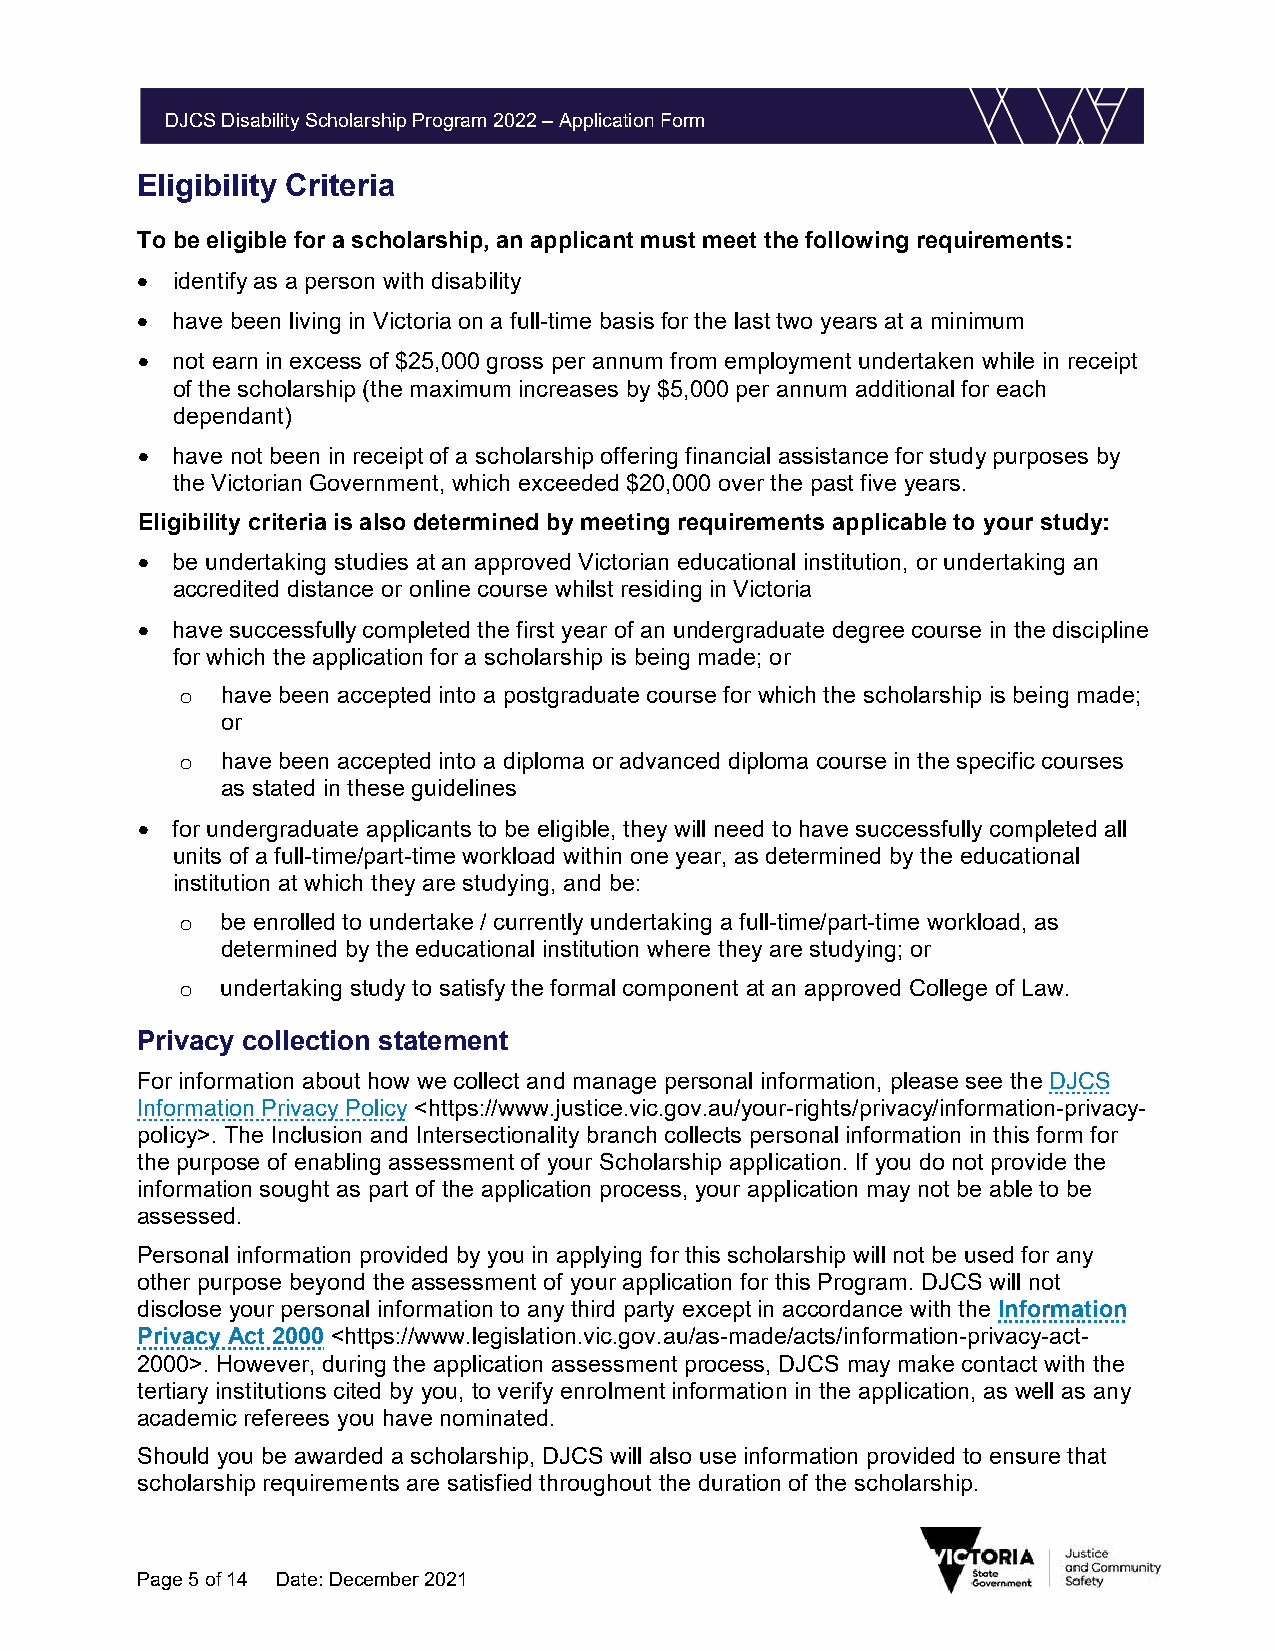
DJCS Disability Scholarship Program 2022 – Application Form
 Eligibility Criteria
 To be eligible for a scholarship, an applicant must meet the following requirements:
  identify as a person with disability
  have been living in Victoria on a full-time basis for the last two years at a minimum
  not earn in excess of $25,000 gross per annum from employment undertaken while in receipt
 of the scholarship (the maximum increases by $5,000 per annum additional for each
 dependant)
  have not been in receipt of a scholarship offering financial assistance for study purposes by
 the Victorian Government, which exceeded $20,000 over the past five years.
 Eligibility criteria is also determined by meeting requirements applicable to your study:
  be undertaking studies at an approved Victorian educational institution, or undertaking an
 accredited distance or online course whilst residing in Victoria
  have successfully completed the first year of an undergraduate degree course in the discipline
 for which the application for a scholarship is being made; or
 o  have been accepted into a postgraduate course for which the scholarship is being made;
 or
 o  have been accepted into a diploma or advanced diploma course in the specific courses
 as stated in these guidelines
  for undergraduate applicants to be eligible, they will need to have successfully completed all
 units of a full-time/part-time workload within one year, as determined by the educational
 institution at which they are studying, and be:
 o  be enrolled to undertake / currently undertaking a full-time/part-time workload, as
 determined by the educational institution where they are studying; or
 o  undertaking study to satisfy the formal component at an approved College of Law.
 Privacy collection statement
 For information about how we collect and manage personal information, please see the DJCS
 Information Privacy Policy <https://www.justice.vic.gov.au/your-rights/privacy/information-privacy-
 policy>. The Inclusion and Intersectionality branch collects personal information in this form for
 the purpose of enabling assessment of your Scholarship application. If you do not provide the
 information sought as part of the application process, your application may not be able to be
 assessed.
 Personal information provided by you in applying for this scholarship will not be used for any
 other purpose beyond the assessment of your application for this Program. DJCS will not
 disclose your personal information to any third party except in accordance with the Information
 Privacy Act 2000 <https://www.legislation.vic.gov.au/as-made/acts/information-privacy-act-
 2000>. However, during the application assessment process, DJCS may make contact with the
 tertiary institutions cited by you, to verify enrolment information in the application, as well as any
 academic referees you have nominated.
 Should you be awarded a scholarship, DJCS will also use information provided to ensure that
 scholarship requirements are satisfied throughout the duration of the scholarship.
 Page 5 of 14 Date: December 2021